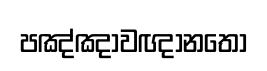
පඤ්ඤාවඥානතෝ